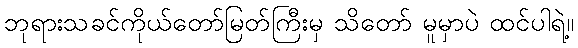
ဘုရားသခင်ကိုယ်တော်မြတ်ကြီးမှ သိတော် မူမှာပဲ ထင်ပါရဲ့။